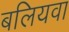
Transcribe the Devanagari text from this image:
बलियवा